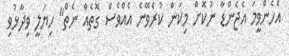
އެހެންވީމަ އެޖެންޑާ ނުކޮށް މިކަން ކުރެވޭނެ އެއްވެސް ގޮތެއް ނެތް" ހިޔަލީ ވިދާޅުވި